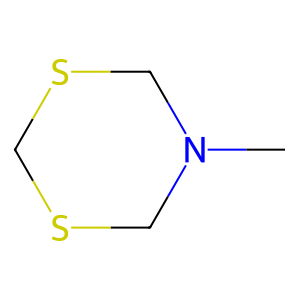
SMILES: CN1CSCSC1
Inhibits HIV replication: No